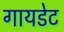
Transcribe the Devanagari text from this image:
गायडेट